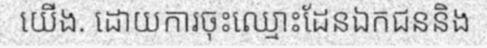
យើង. ដោយការចុះឈ្មោះដែនឯកជននិង